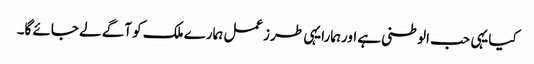
کیایہی حب الوطنی ہے اورہمارایہی طرزعمل ہمارے ملک کو آگے لے جائے گا۔